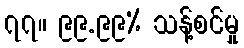
၇၇။ ၉၉.၉၉% သန့်စင်မှု